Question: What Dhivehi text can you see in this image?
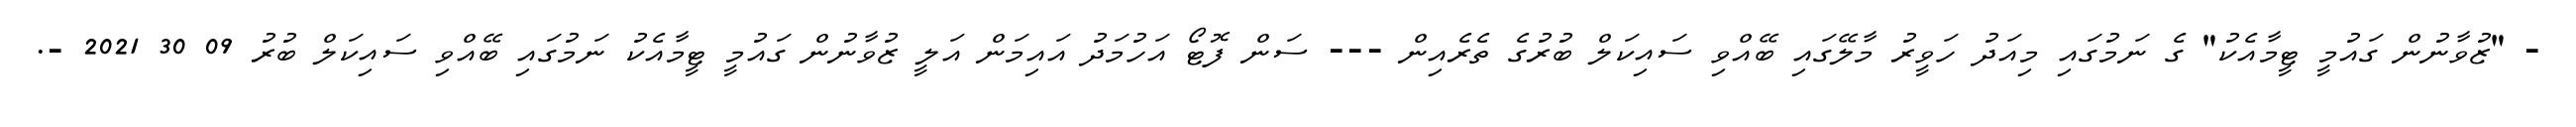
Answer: - "ޒުވާނުން ގައުމީ ޓީމާއެކު" ގެ ނަމުގައި މިއަދު ހަވީރު މާލޭގައި ބޭއްވި ސައިކަލް ބުރުގެ ތެރެއިން --- ސަން ފޮޓޯ އަހުމަދު އައިމަން އަލީ ޒުވާނުން ގައުމީ ޓީމާއެކު ނަމުގައި ބޭއްވި ސައިކަލް ބުރު 09 30 2021 -.